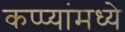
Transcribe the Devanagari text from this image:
कप्प्यांमध्ये